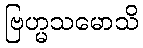
ဗြဟ္မသမောသိ